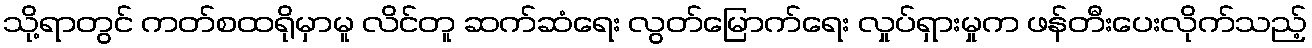
သို့ရာတွင် ကတ်စထရိုမှာမူ လိင်တူ ဆက်ဆံရေး လွတ်မြောက်ရေး လှုပ်ရှားမှုက ဖန်တီးပေးလိုက်သည့်